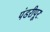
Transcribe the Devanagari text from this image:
पंडरीपूर